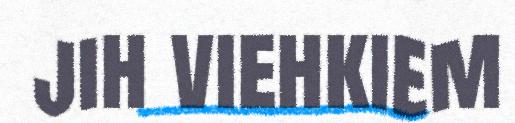
jih viehkiem